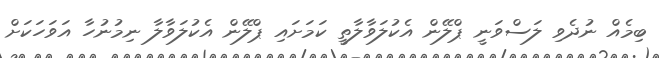
ބިމެއް ނުދެވި ލަސްވަނީ ޕްލޭން އެކުލަވާލާތީ ކަމަށައި ޕްލޭން އެކުލަވާލާ ނިމުނުހާ އަވަހަކަށް